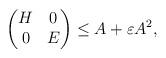
LaTeX: \begin{align*} \begin{pmatrix}H & 0\\0 & E\end{pmatrix}\leq A + \varepsilon A^2,\end{align*}